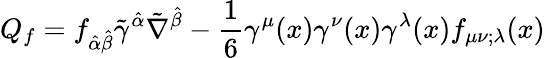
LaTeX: Q_{f}=f_{\hat{\alpha}\hat{\beta}}\tilde{\gamma}^{\hat{\alpha}}\tilde{\nabla}^{\hat{\beta}}-\frac{1}{6}\gamma^{\mu}(x)\gamma^{\nu}(x)\gamma^{\lambda}(x)f_{\mu\nu;\lambda}(x)